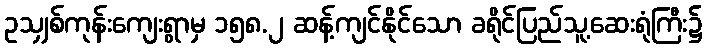
ဥသျှစ်ကုန်းကျေးရွာမှ ၁၅၈.၂ ဆန့်ကျင်နိုင်သော ခရိုင်ပြည်သူ့ဆေးရုံကြီး၌